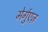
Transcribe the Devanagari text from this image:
मेर्गुएज़